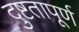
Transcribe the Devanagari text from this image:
दुष्टतापूर्ण